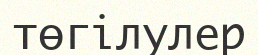
төгілулер